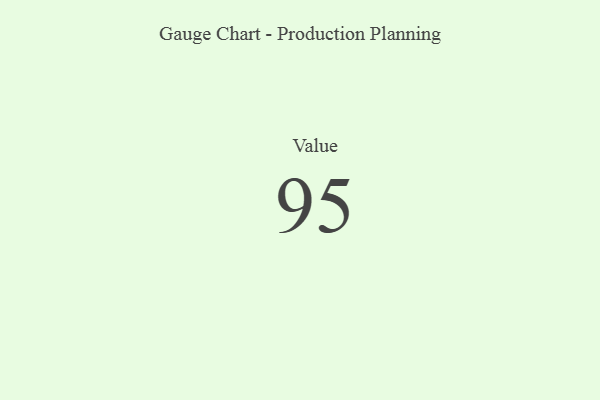
{"axis": {"x": "Metric", "y": "Value"}, "legend": [""], "data": [{"x": "Value", "y": 95, "type": ""}]}